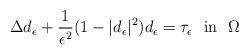
LaTeX: \begin{align*}\Delta d_\epsilon+\frac{1}{\epsilon^2}(1-|d_\epsilon|^2) d_\epsilon=\tau_\epsilon\ \ {\rm{in}}\ \ \Omega\end{align*}